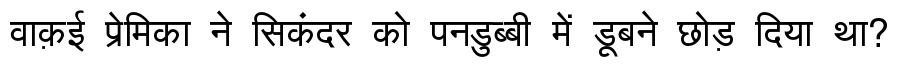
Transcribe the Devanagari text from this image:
वाक़ई प्रेमिका ने सिकंदर को पनडुब्बी में डूबने छोड़ दिया था?